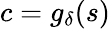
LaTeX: c=g_{\delta}(s)